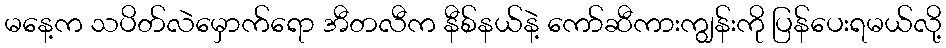
မနေ့က သပိတ်လဲမှောက်ရော အီတလီက နီစ်နယ်နဲ့ ကော်ဆီကားကျွန်းကို ပြန်ပေးရမယ်လို့